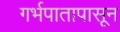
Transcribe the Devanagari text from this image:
गर्भपातापासून